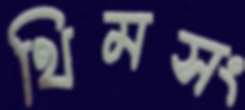
থিমসং